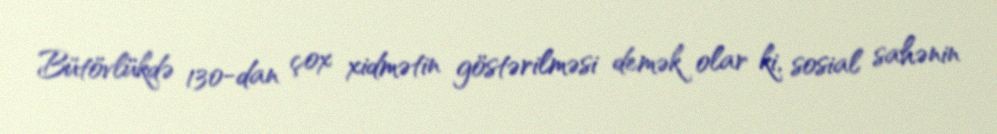
Bütövlükdə 130-dan çox xidmətin göstərilməsi demək olar ki, sosial sahənin